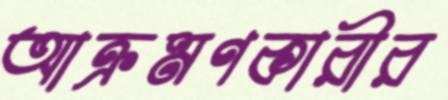
আক্রমণকারীর